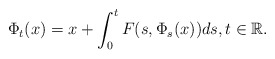
\begin{align*}\Phi_t(x) = x + \int_0^t F(s,\Phi_s(x)) ds,t \in {\mathbb{R}}.\end{align*}